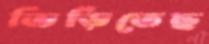
ভিড়িতেছ